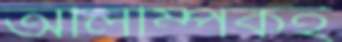
অলিম্পিকই